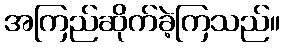
အကြည်ဆိုက်ခဲ့ကြသည်။